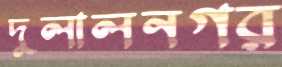
দুলালনগর